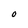
Character: O